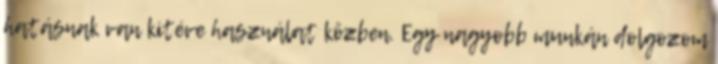
hatásnak van kitéve használat közben. Egy nagyobb munkán dolgozom